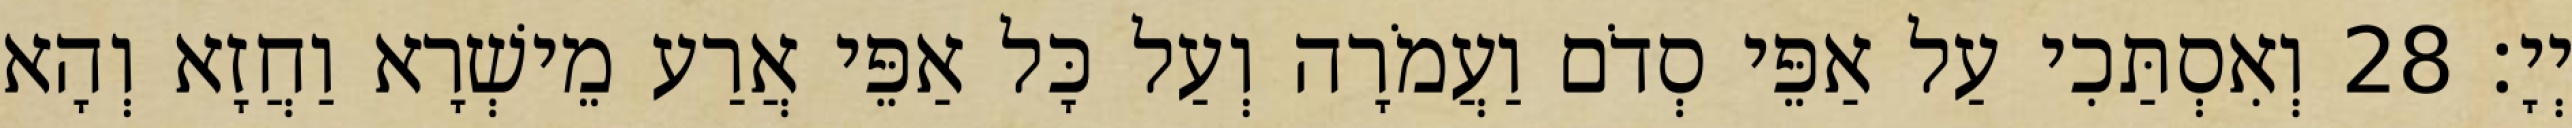
יְיָ׃ 28 וְאִסְתַּכִי עַל אַפֵּי סְדֹם וַעֲמֹרָה וְעַל כָּל אַפֵּי אֲרַע מֵישְׁרָא וַחֲזָא וְהָא